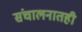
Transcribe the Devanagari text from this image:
संचालनातही